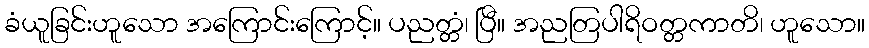
ခံယူခြင်းဟူသော အကြောင်းကြောင့်။ ပညတ္တံ၊ ပြီ။ အညတြပါရိဝတ္တကာတိ၊ ဟူသော။